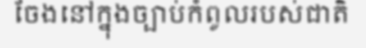
ចែងនៅក្នុងច្បាប់កំពូលរបស់ជាតិ